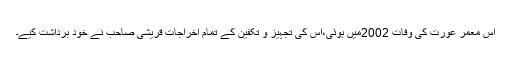
اس معمر عورت کی وفات 2002میں ہوئی،اس کی تجہیز و تکفین کے تمام اخراجات قریشی صاحب نے خود برداشت کیے۔